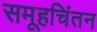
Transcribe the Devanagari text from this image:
समूहचिंतन